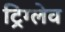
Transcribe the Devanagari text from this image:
ट्रिग्लेव